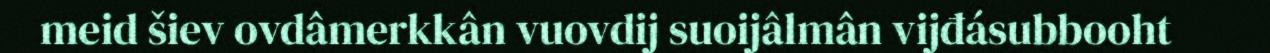
meid šiev ovdâmerkkân vuovdij suoijâlmân vijđásubbooht